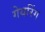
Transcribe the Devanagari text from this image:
गेयरिंग